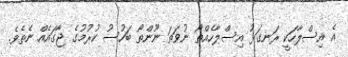
އެ އިސްލާހަކީ ރަނގަޅު އިސްލާހެއްތޯ ނުވަތަ ނޫންތޯ ބަހުސު ކުރުމުގެ ޖާގައެއް ނެތެވެ.